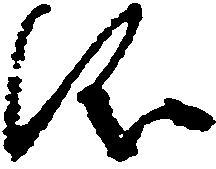
儀